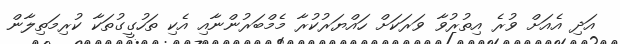
އަދި އެއަށް ވުރެ އިތުރުވާ ވަރަކަށް ހައްޔަރުކުރާ މެމްބަރުންނާއި އެކި ތަހުގީގުތަކާ ކުރިމަތިލާން